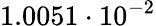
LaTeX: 1.0051\cdot 10^{-2}